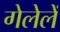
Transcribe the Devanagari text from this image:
गेलेलें